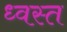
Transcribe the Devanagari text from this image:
ध्वस्‍त